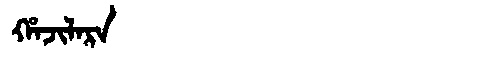
Manchu: ᡥᠠᠵᡳᠯᠠᡵᠠ
Romanization: HAJILARA